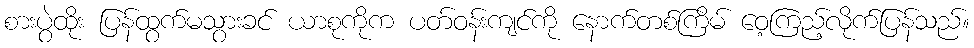
စားပွဲထိုး ပြန်ထွက်မသွားခင် ယာစုကိုက ပတ်ဝန်းကျင်ကို နောက်တစ်ကြိမ် ဝေ့ကြည့်လိုက်ပြန်သည်။